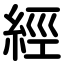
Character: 經